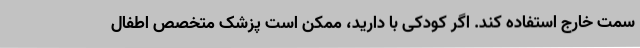
سمت خارج استفاده کند. اگر کودکی با دارید، ممکن است پزشک متخصص اطفال